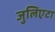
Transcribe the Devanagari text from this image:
जुलिएटा